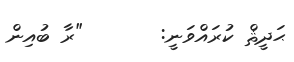
ޙަދީޘް ކުރައްވަނީ:       "ރާ ބުއިން